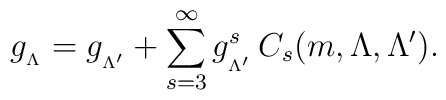
g_{_{\Lambda}}=g_{_{\Lambda^{\prime}}}+\sum_{s=3}^{\infty}g_{_{\Lambda^{\prime}}}^{s}\hspace{.2cm}\hspace{-.12cm}C_{s}(m,\Lambda,\Lambda^{\prime}).